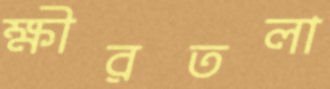
ক্ষীরতলা